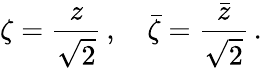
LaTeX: \zeta={\frac{z}{\sqrt{2}}}\, ,\quad{\bar{\zeta}}={\frac{\bar{z}}{\sqrt{2}}}\, .